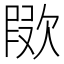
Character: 㰺